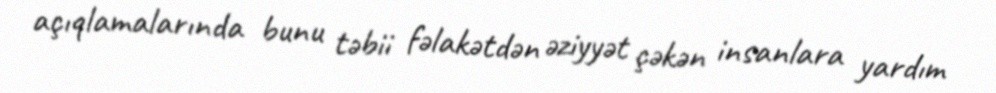
açıqlamalarında bunu təbii fəlakətdən əziyyət çəkən insanlara yardım